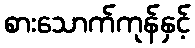
စားသောက်ကုန်နှင့်